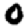
Digit: 0